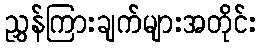
ညွှန်ကြားချက်များအတိုင်း